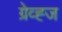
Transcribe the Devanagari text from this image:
ग्रेव्ह्ज